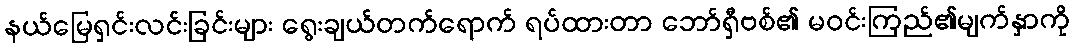
နယ်မြေရှင်းလင်းခြင်းများ ရွေးချယ်တက်ရောက် ရပ်ထားတာ ဘော်ရှီဗစ်၏ မဝင်းကြည်၏မျက်နှာကို